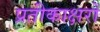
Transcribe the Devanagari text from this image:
प्रतीकाक्षरों